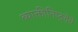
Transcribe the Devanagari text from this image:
व्याक्तीनिष्ठ्तेचे